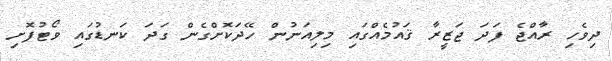
ދިވެހި ރާއްޖެ ފަދަ ޖަޒީރާ ޤައުމެއްގައި މިލިއަނުން ހޭދަކޮށްގެން ގަދަ ކަނޑުގައި ވޯޓުފޮށި